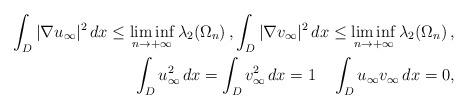
LaTeX: \begin{align*}\int_{D}|\nabla u_\infty|^2\,dx\le \liminf_{n\to+\infty}\lambda_2(\Omega_n)\,,\int_{D}|\nabla v_\infty|^2\,dx\le \liminf_{n\to+\infty}\lambda_2(\Omega_n)\,,\\\int_{D} u_\infty^2\,dx=\int_{D} v_\infty^2\,dx=1\quad \int_{D} u_\infty v_\infty\,dx=0,\end{align*}